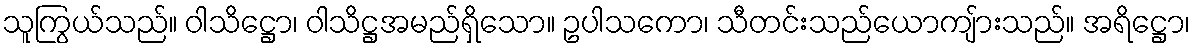
သူကြွယ်သည်။ ဝါသိဋ္ဌော၊ ဝါသိဋ္ဌအမည်ရှိသော။ ဥပါသကော၊ သီတင်းသည်ယောကျ်ားသည်။ အရိဋ္ဌော၊